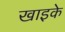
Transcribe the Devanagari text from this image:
खाइके